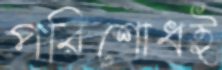
পরিশোধই